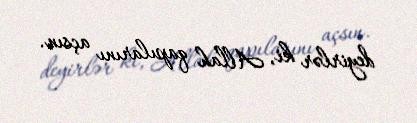
deyirlər ki, Allah qapılarını açsın.